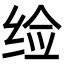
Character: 𬘪